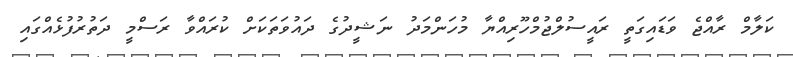
ކަލާމް ރާއްޖެ ވަޑައިގަތީ ރައީސުލްޖުމްހޫރިއްޔާ މުހަންމަދު ނަޝީދުގެ ދައުވަތަކަށް ކުރައްވާ ރަސްމީ ދަތުރުފުޅެއްގައި